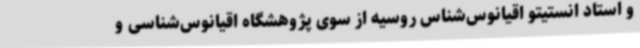
و استاد انستیتو اقیانوس‌شناس روسیه از سوی پژوهشگاه اقیانوس‌شناسی و